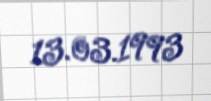
13.03.1993